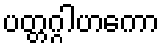
ပတ္တဂ္ဂါဟကော